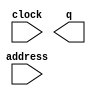
// megafunction wizard: %ROM: 1-PORT%VBB%
// GENERATION: STANDARD
// VERSION: WM1.0
// MODULE: altsyncram 

// ============================================================
// Megafunction Name(s):
// 			altsyncram
//
// Simulation Library Files(s):
// 			altera_mf
// ============================================================
// ************************************************************
// THIS IS A WIZARD-GENERATED FILE. DO NOT EDIT THIS FILE!
//
// 13.0.1 Build 232 06/12/2013 SP 1 SJ Web Edition
// ************************************************************

//Copyright (C) 1991-2013 Altera Corporation
//Your use of Altera Corporation's design tools, logic functions 
//and other software and tools, and its AMPP partner logic 
//functions, and any output files from any of the foregoing 
//(including device programming or simulation files), and any 
//associated documentation or information are expressly subject 
//to the terms and conditions of the Altera Program License 
//Subscription Agreement, Altera MegaCore Function License 
//Agreement, or other applicable license agreement, including, 
//without limitation, that your use is for the sole purpose of 
//programming logic devices manufactured by Altera and sold by 
//Altera or its authorized distributors.  Please refer to the 
//applicable agreement for further details.

module CoeffROM (
	address,
	clock,
	q);

	input	[5:0]  address;
	input	  clock;
	output	[15:0]  q;
`ifndef ALTERA_RESERVED_QIS
// synopsys translate_off
`endif
	tri1	  clock;
`ifndef ALTERA_RESERVED_QIS
// synopsys translate_on
`endif

endmodule

// ============================================================
// CNX file retrieval info
// ============================================================
// Retrieval info: PRIVATE: ADDRESSSTALL_A NUMERIC "0"
// Retrieval info: PRIVATE: AclrAddr NUMERIC "0"
// Retrieval info: PRIVATE: AclrByte NUMERIC "0"
// Retrieval info: PRIVATE: AclrOutput NUMERIC "0"
// Retrieval info: PRIVATE: BYTE_ENABLE NUMERIC "0"
// Retrieval info: PRIVATE: BYTE_SIZE NUMERIC "8"
// Retrieval info: PRIVATE: BlankMemory NUMERIC "0"
// Retrieval info: PRIVATE: CLOCK_ENABLE_INPUT_A NUMERIC "0"
// Retrieval info: PRIVATE: CLOCK_ENABLE_OUTPUT_A NUMERIC "0"
// Retrieval info: PRIVATE: Clken NUMERIC "0"
// Retrieval info: PRIVATE: IMPLEMENT_IN_LES NUMERIC "0"
// Retrieval info: PRIVATE: INIT_FILE_LAYOUT STRING "PORT_A"
// Retrieval info: PRIVATE: INIT_TO_SIM_X NUMERIC "0"
// Retrieval info: PRIVATE: INTENDED_DEVICE_FAMILY STRING "Cyclone II"
// Retrieval info: PRIVATE: JTAG_ENABLED NUMERIC "0"
// Retrieval info: PRIVATE: JTAG_ID STRING "NONE"
// Retrieval info: PRIVATE: MAXIMUM_DEPTH NUMERIC "0"
// Retrieval info: PRIVATE: MIFfilename STRING "../../Documents/UT-961/FPGA/Lab/Lab1/FPGA/coeff.hex"
// Retrieval info: PRIVATE: NUMWORDS_A NUMERIC "64"
// Retrieval info: PRIVATE: RAM_BLOCK_TYPE NUMERIC "2"
// Retrieval info: PRIVATE: RegAddr NUMERIC "1"
// Retrieval info: PRIVATE: RegOutput NUMERIC "0"
// Retrieval info: PRIVATE: SYNTH_WRAPPER_GEN_POSTFIX STRING "0"
// Retrieval info: PRIVATE: SingleClock NUMERIC "1"
// Retrieval info: PRIVATE: UseDQRAM NUMERIC "0"
// Retrieval info: PRIVATE: WidthAddr NUMERIC "6"
// Retrieval info: PRIVATE: WidthData NUMERIC "16"
// Retrieval info: PRIVATE: rden NUMERIC "0"
// Retrieval info: LIBRARY: altera_mf altera_mf.altera_mf_components.all
// Retrieval info: CONSTANT: CLOCK_ENABLE_INPUT_A STRING "BYPASS"
// Retrieval info: CONSTANT: CLOCK_ENABLE_OUTPUT_A STRING "BYPASS"
// Retrieval info: CONSTANT: INIT_FILE STRING "../../Documents/UT-961/FPGA/Lab/Lab1/FPGA/coeff.hex"
// Retrieval info: CONSTANT: INTENDED_DEVICE_FAMILY STRING "Cyclone II"
// Retrieval info: CONSTANT: LPM_HINT STRING "ENABLE_RUNTIME_MOD=NO"
// Retrieval info: CONSTANT: LPM_TYPE STRING "altsyncram"
// Retrieval info: CONSTANT: NUMWORDS_A NUMERIC "64"
// Retrieval info: CONSTANT: OPERATION_MODE STRING "ROM"
// Retrieval info: CONSTANT: OUTDATA_ACLR_A STRING "NONE"
// Retrieval info: CONSTANT: OUTDATA_REG_A STRING "UNREGISTERED"
// Retrieval info: CONSTANT: RAM_BLOCK_TYPE STRING "M4K"
// Retrieval info: CONSTANT: WIDTHAD_A NUMERIC "6"
// Retrieval info: CONSTANT: WIDTH_A NUMERIC "16"
// Retrieval info: CONSTANT: WIDTH_BYTEENA_A NUMERIC "1"
// Retrieval info: USED_PORT: address 0 0 6 0 INPUT NODEFVAL "address[5..0]"
// Retrieval info: USED_PORT: clock 0 0 0 0 INPUT VCC "clock"
// Retrieval info: USED_PORT: q 0 0 16 0 OUTPUT NODEFVAL "q[15..0]"
// Retrieval info: CONNECT: @address_a 0 0 6 0 address 0 0 6 0
// Retrieval info: CONNECT: @clock0 0 0 0 0 clock 0 0 0 0
// Retrieval info: CONNECT: q 0 0 16 0 @q_a 0 0 16 0
// Retrieval info: GEN_FILE: TYPE_NORMAL CoeffROM.v TRUE
// Retrieval info: GEN_FILE: TYPE_NORMAL CoeffROM.inc FALSE
// Retrieval info: GEN_FILE: TYPE_NORMAL CoeffROM.cmp FALSE
// Retrieval info: GEN_FILE: TYPE_NORMAL CoeffROM.bsf FALSE
// Retrieval info: GEN_FILE: TYPE_NORMAL CoeffROM_inst.v FALSE
// Retrieval info: GEN_FILE: TYPE_NORMAL CoeffROM_bb.v TRUE
// Retrieval info: LIB_FILE: altera_mf